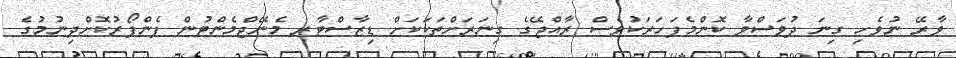
ވާރޭ ނުވެހި ގިނަ ދުވަސްވާ ކޮންމެފަހަރަކުވެސް ރާއްޖޭގެ ގިނަރަށްތަކަކަށް ޑިޒާސްޓާރ މެނޭޖްމެންޓުން ފެންފޯރުކޮށްދިނުމުގެ